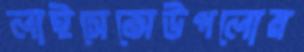
লাইসেন্সেউপলোয়